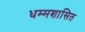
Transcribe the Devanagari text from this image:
धम्मशासित